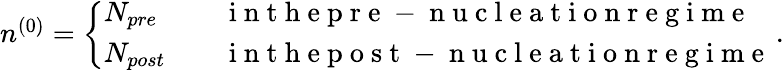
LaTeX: \begin{array}{r}{n^{(0)}=\left\{ \begin{array}{ll}{N_{pre}\quad}&{\mathrm{~i~n~t~h~e~p~r~e~-~n~u~c~l~e~a~t~i~o~n~r~e~g~i~m~e~}}\\ {N_{post}\quad}&{\mathrm{~i~n~t~h~e~p~o~s~t~-~n~u~c~l~e~a~t~i~o~n~r~e~g~i~m~e~}}\end{array}\right.\, .}\end{array}